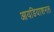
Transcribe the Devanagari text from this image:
आयडियाशनल